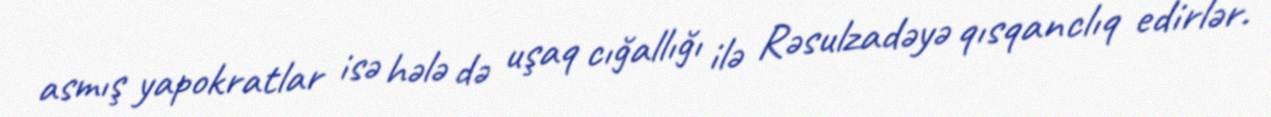
asmış yapokratlar isə hələ də uşaq cığallığı ilə Rəsulzadəyə qısqanclıq edirlər.